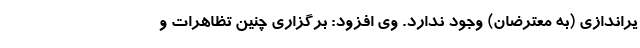
یراندازی (به معترضان) وجود ندارد. وی افزود: برگزاری چنین تظاهرات و